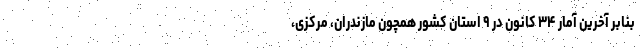
بنابر آخرین آمار ۳۴ کانون در ۹ استان کشور همچون مازندران، مرکزی،